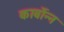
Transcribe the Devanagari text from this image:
कार्बोन्न